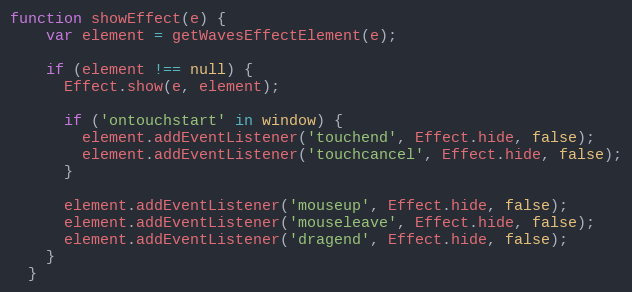
Language: JavaScript
function showEffect(e) {
    var element = getWavesEffectElement(e);

    if (element !== null) {
      Effect.show(e, element);

      if ('ontouchstart' in window) {
        element.addEventListener('touchend', Effect.hide, false);
        element.addEventListener('touchcancel', Effect.hide, false);
      }

      element.addEventListener('mouseup', Effect.hide, false);
      element.addEventListener('mouseleave', Effect.hide, false);
      element.addEventListener('dragend', Effect.hide, false);
    }
  }